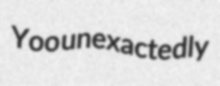
Yoo unexactedly